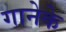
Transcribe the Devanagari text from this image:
गानेके